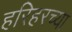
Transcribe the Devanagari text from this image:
हरिहरच्या